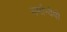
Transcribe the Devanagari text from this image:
मर्मान्‍वेषी